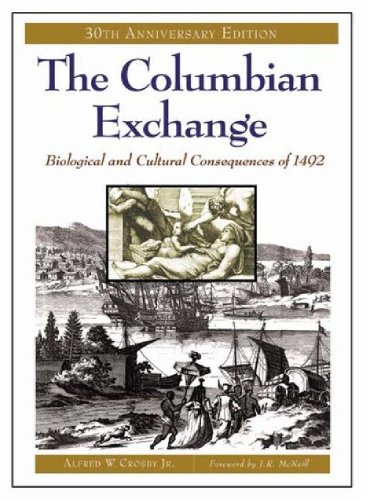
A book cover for The Columbian Exchange: Biological and Cultural Consequences of 1492, 30th Anniversary Edition; Alfred W. Crosby Jr.; Biographies & Memoirs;